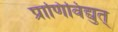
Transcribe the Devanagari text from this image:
प्राणिविद्युत्